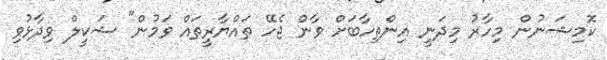
ކޮމިޝަނުން މިހާރު މިދަނީ އިންތިހާބަށް ވާން ޖެހޭ ތައްޔާރީތައް ވަމުން" ޝަކީލް ވިދާޅުވި